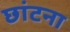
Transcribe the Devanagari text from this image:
छांटना